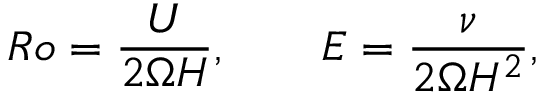
R o = \frac { U } { 2 \Omega H } , \qquad E = \frac { \nu } { 2 \Omega H ^ { 2 } } ,